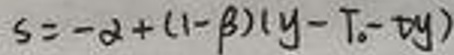
\[
s = -\alpha+(1 - \beta)(y - T_0 - \tau y)
\]